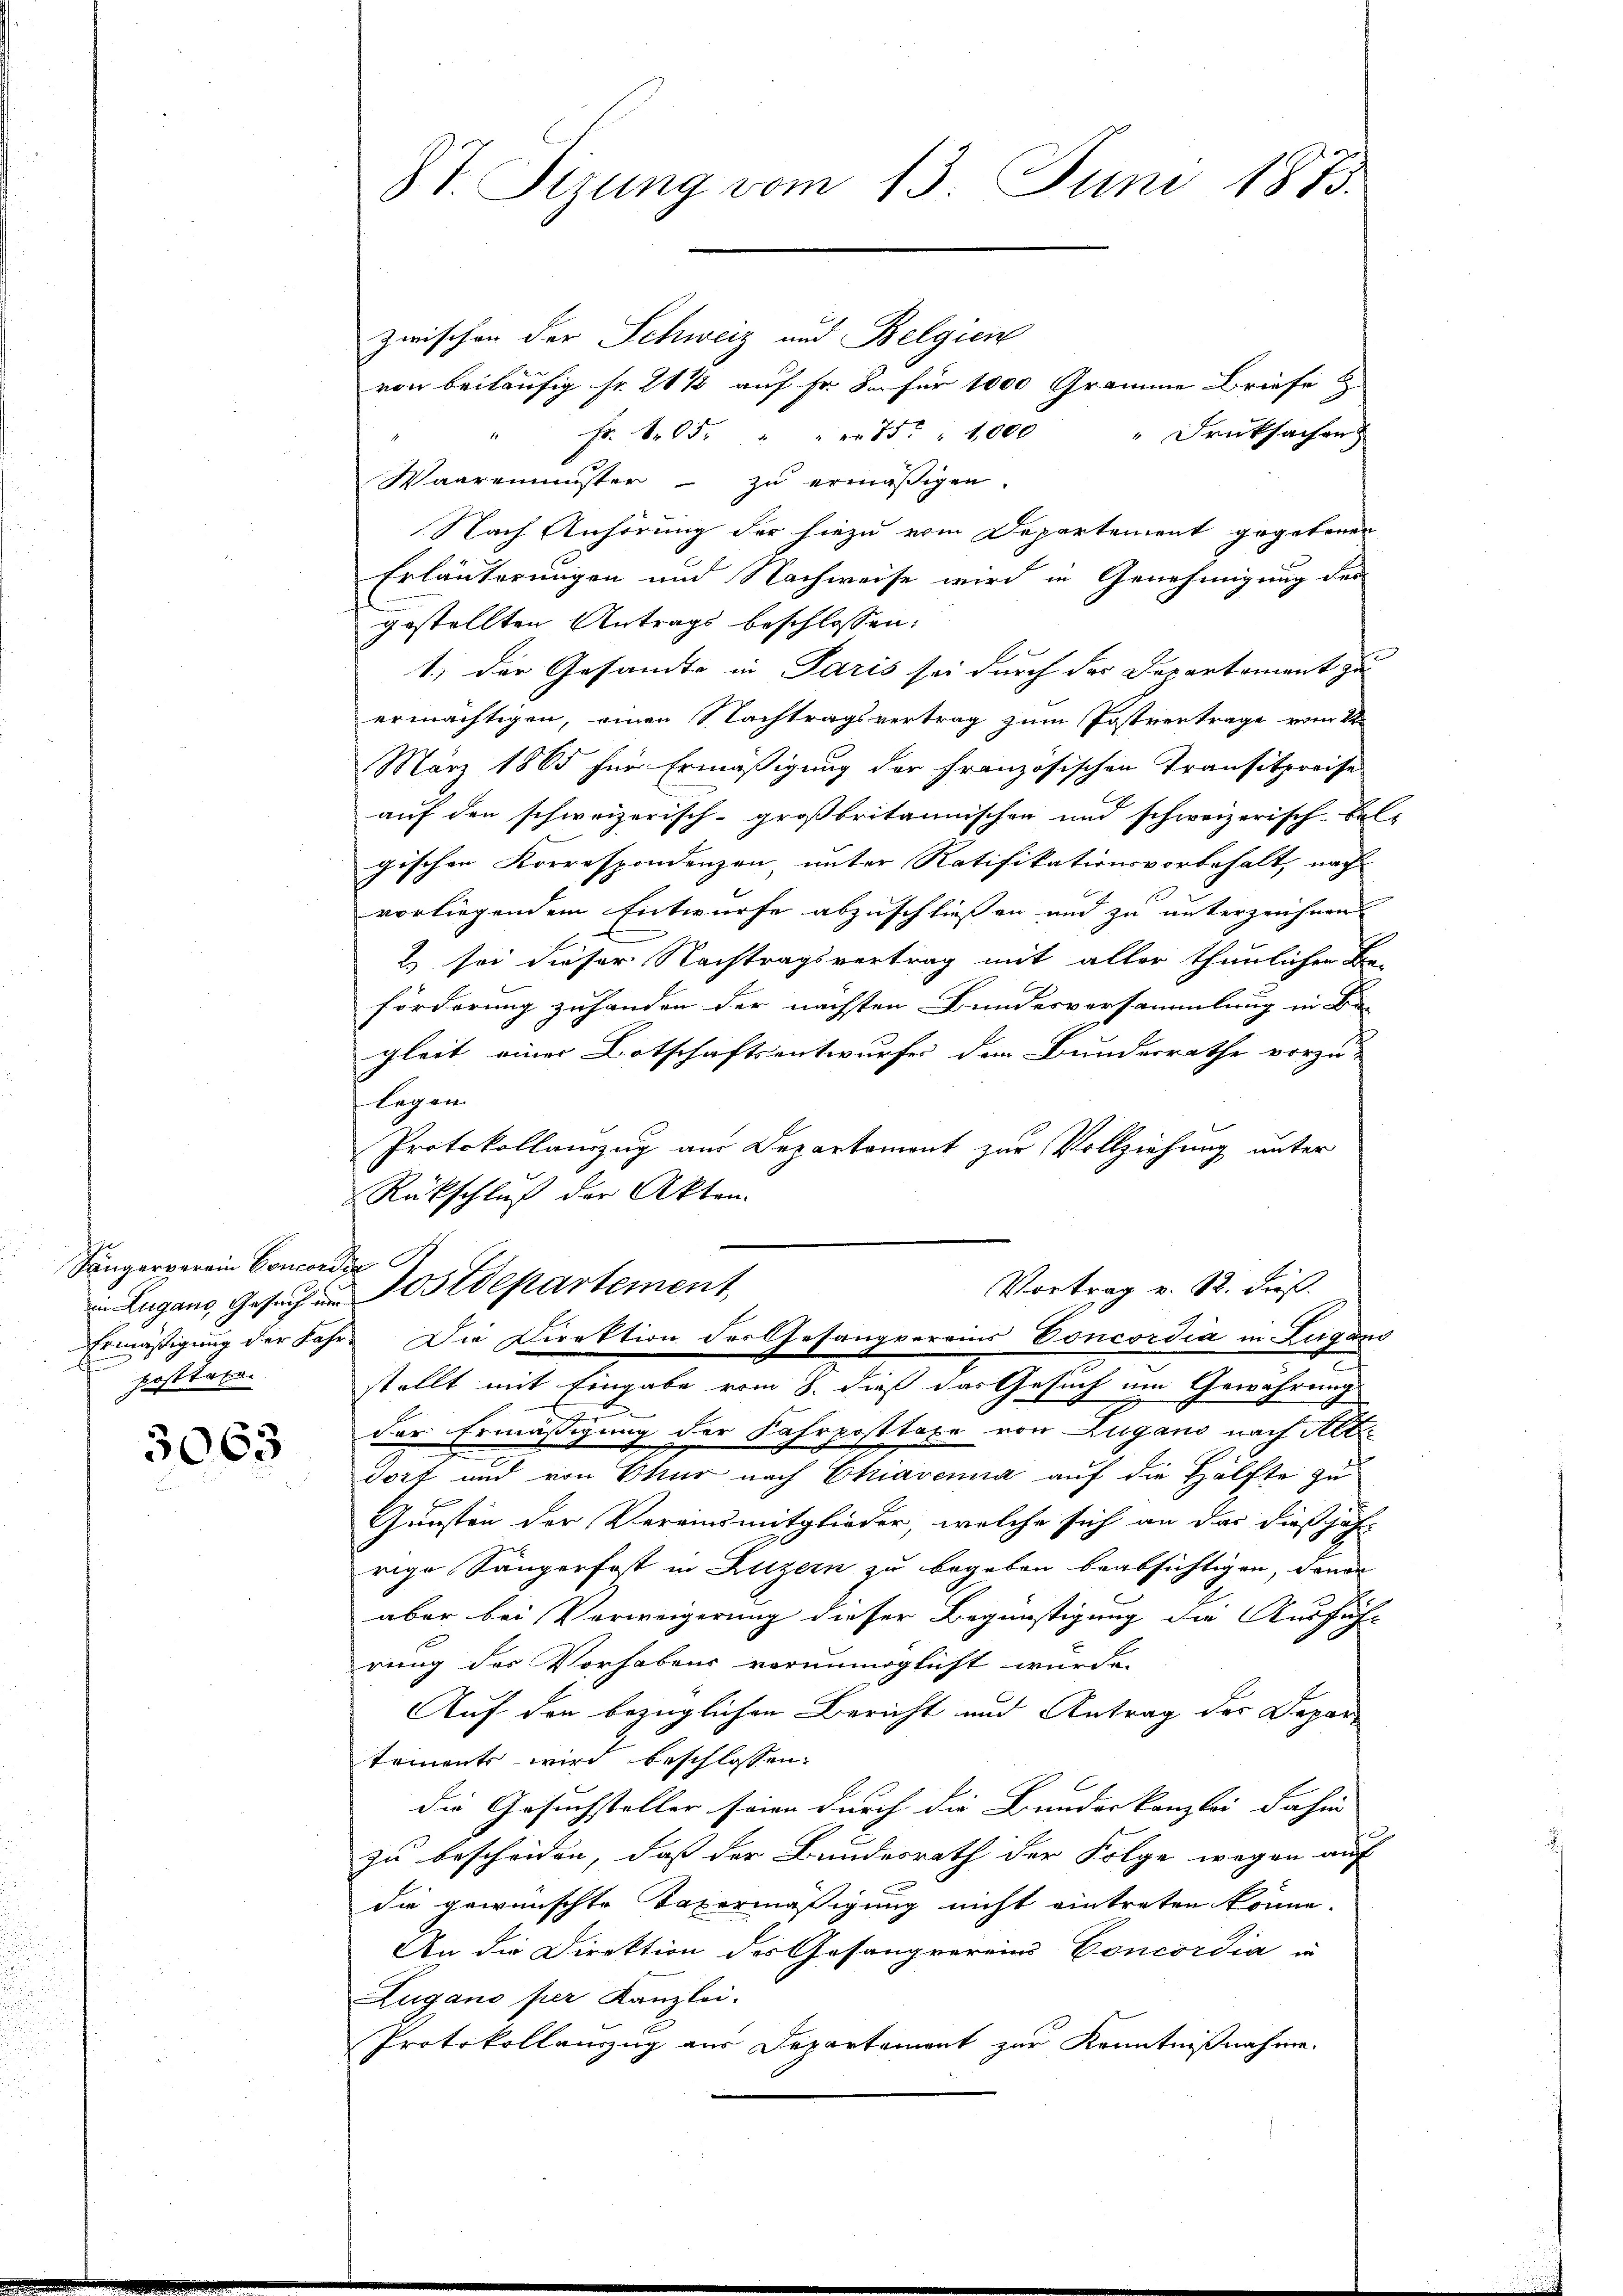
Sängerverain Concorder
posttato

3063

8t. Sizung vom 13. Juni 1873.

zwischen der Schweiz und Belgien
von beiläufig fr. 211 auf Fr. So für 1000 Gramme Briefe
Fr. 605. " " " 75. " 1000
Druksachen
Waareminister zu ermäßigen.
Nach Anhörung der hiezu vom Departement gegebener
Erläuterungen und Nachweise wird in Genehmigung der
gestellten Antrags beschlossen:
1) der Gesandte in Paris sei durch der Departoment zu
ermächtigen, einen Nachtragsvertrag zum Postrentrage vom 14.
März 1865 für Ermäßigung der französischen Transitpreise
auf den schweizerisch-großbritannischen und schweizerisch-kal-
gischen Korrespondenzen, unter Ratifikationsvorbehalt, nach
vorliegendem Entwurfe abzuschliessen und zu unterzeichnen
2) sei dieser Nachtragsvertrag mit aller thunlichen Be-
förderung zuhanden der nächsten Bundesversammlung in Be-
gleit einer Botschaftsentwurfes dem Bundesrathe vorzu-
legen
Protokollanzug aus Departement zur Vollziehung unter
Rückschluß der Akten.
Vortrag v. 12. dieß.
in Lugano, Gesŭch ŭm Postdepartement,
Ermäßigung der Jahre Die Direktion der Gesangvereins Concordia in Lugano
stellt mit Eingabe vom 8. dieß das Gesuch um Gewährung
l
der Ermäßigung der Fahrposttaxe von Zugano nach Alt
dorf und von Chur nach Chiavenna auf die Hälfte zu
Gunsten der Vereinsmitglieder, welche sich an das dießjähr
rige Sängerfest in Luzern zu begeben beabsichtigen, denen
aber bei Verweigerung dieser Begünstigung die Ausfüh-
rung der Vorhabens vorunmöglicht wurde.
Auf den bezüglichen Bericht und Antrag des Depar-
triments wird beschlossen:
die Gesuchsteller seien durch die Bundeskanzlei dahin
zu bescheiden, daß der Bundesrath der Folge wegen auf
die gewünschte Taxermäßigung nicht eintreten könne.
An die Direktion des Gesangvereins Concordia in
Zugano per Kanzlei.
Protokollanzug aus Departement zur Kenntnißnahme.